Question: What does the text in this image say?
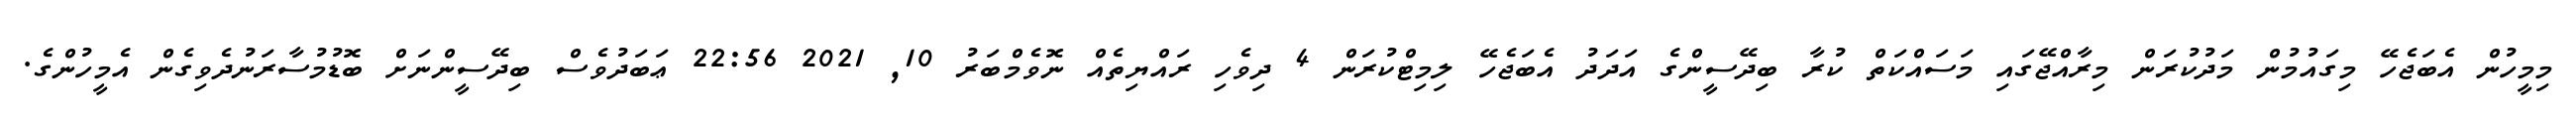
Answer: މިމީހުން އެބަޖެހޭ މިގައުމުން މަދުކުރަން މިރާއްޖޭގައި މަސައްކަތް ކުރާ ބިދޭސީންގެ އަދަދު އެބަޖެހޭ ލިމިޓްކުރަން 4 ދިވެހި ރައްޔިތެއް ނޮވެމްބަރު 10, 2021 22:56 ޢަބަދުވެސް ބިދޭސީންނަށް ބޮޑުމުސާރަނުދެވިގެން އެމީހުންގެ.